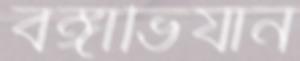
বঙ্গাভিযান